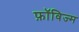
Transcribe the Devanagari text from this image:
फ़ॉविज्म